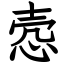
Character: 悫